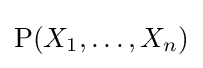
\mathrm {P} (X_{1},\ldots ,X_{n})